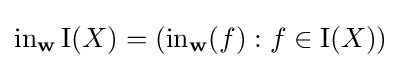
\operatorname {in} _{\mathbf {w} }\mathrm {I} (X)=(\operatorname {in} _{\mathbf {w} }(f):f\in \mathrm {I} (X))